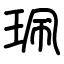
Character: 珮